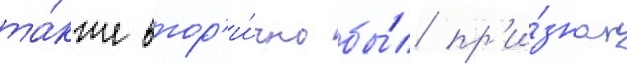
та́кже втор'и́чно бы́л пр'и́знан